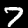
Digit: 7